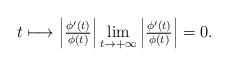
LaTeX: \begin{align*}\begin{array}{c}t\longmapsto \left\vert \frac{\phi ^{\prime }\left( t\right) }{\phi \left( t\right) }\right\vert \underset{t\rightarrow +\infty }{\lim }\left\vert \frac{\phi ^{\prime }\left( t\right) }{\phi \left( t\right) }\right\vert =0.\end{array}\end{align*}